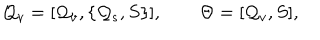
{ \cal Q } _ { v } = [ { \cal Q } _ { v } , \{ { \cal Q } _ { s } , S \} ] , \quad \quad \Theta = [ { \cal Q } _ { v } , S ] ,